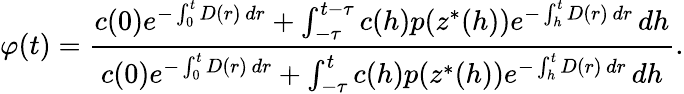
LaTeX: \varphi(t)=\frac{c(0)e^{-\int_{0}^{t}D(r)\, dr}+\int_{-\tau}^{t-\tau}c(h)p(z^{*}(h))e^{-\int_{h}^{t}D(r)\, dr}\, dh}{c(0)e^{-\int_{0}^{t}D(r)\, dr}+\int_{-\tau}^{t}c(h)p(z^{*}(h))e^{-\int_{h}^{t}D(r)\, dr}\, dh}.